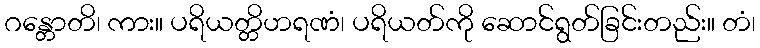
ဂန္တောတိ၊ ကား။ ပရိယတ္တိဟရဏံ၊ ပရိယတ်ကို ဆောင်ရွတ်ခြင်းတည်း။ တံ၊